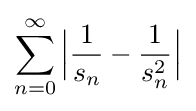
\sum _{n=0}^{\infty }{\Big |}{\frac {1}{s_{n}}}-{\frac {1}{s_{n}^{2}}}{\Big |}